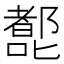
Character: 𰈷